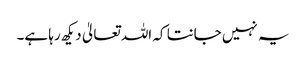
یہ نہیں جانتا کہ اللہ تعالیٰ دیکھ رہا ہے۔